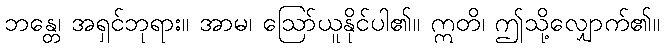
ဘန္တေ၊ အရှင်ဘုရား။ အာမ၊ ဩော်ယူနိုင်ပါ၏။ ဣတိ၊ ဤသို့လျှောက်၏။